Scottish Leaving Certificate Examination, 1956
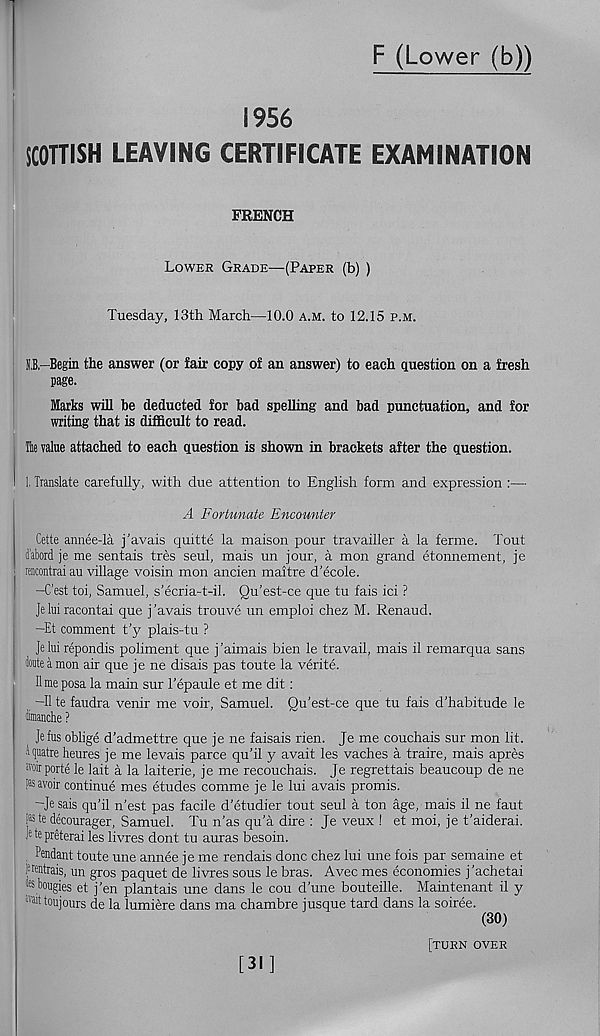
F (Lower (b))
1956
SCOTTISH LEAVING CERTIFICATE EXAMINATION
FRENCH
Lower Grade—(Paper (b) )
Tuesday, 13th March—10.0 a.m. to 12.15 p.m.
O,-Begin the answer (or fair copy of an answer) to each question on a fresh
page.
Marks will be deducted for bad spelling and bad punctuation, and for
writing that is difficult to read.
He value attached to each question is shown in brackets after the question.
1. Translate carefully, with due attention to English form and expression :—
A Fortunate Encounter
Cette annee-la j'avais quitte la maison pour travailler a la ferme. Tout
i’abord je me sentais tres seul, mais un jour, a mon grand etonnement, je
rencontrai an village voisin mon ancien maitre d’ecole.
—C’est toi, Samuel, s’ecria-t-il. Qu’est-ce que tu fais ici ?
je lui racontai que j ’avais trouve un emploi chez M. Renaud.
—Et comment t’y plais-tu ?
Je lui repondis poliment que j’aimais bien le travail, mais il remarqua sans
fate a mon air que je ne disais pas toute la verite.
lime posa la main sur 1’epaule et me dit:
-II te faudra venir me voir, Samuel. Qu’est-ce que tu fais d’habitude le
faanche ?
Jefus oblige d’admettre que je ne faisais rien. Je me couchais sur mon lit.
“•patre heures je me levais parce qu’il y avait les vaches a traire, mais apres
ivoir ports le lait a la laiterie, je me recouchais. Je regrettais beaucoup de ne
i>»$avoir continue mes etudes comme je le lui avais promis.
-Jesais qu’il n’est pas facile d’etudier tout seul a ton age, mais il ne faut
[«te decourager, Samuel. Tu n’as qu’a dire : Je veux ! et moi, je t’aiderai.
J e te preterai les livres dont tu auras besoin.
. ^ndant toute une annee je me rendais done chez lui une fois par semaine et
Ijentrais, un gros paquet de livres sous le bras. Avec mes economies j’achetai
«bougies et j’en plantais une dans le cou d’une bouteille. Maintenant il y
; ''ait toujours de la lumiere dans ma chambre j usque tard dans la soiree.
(30)
[turn over
[31]